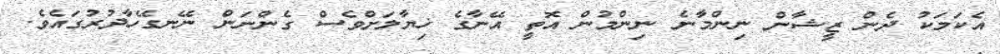
އެކަމަކު ދެން ޒީޝާން ނިންމާނެ ނިންމުން އޮތީ އޭނާގެ ޚިޔާލަށްވެސް ގެންނަން ނޭނގޭހާދުރުގައެވެ.